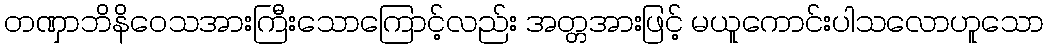
တဏှာဘိနိဝေသအားကြီးသောကြောင့်လည်း အတ္တအားဖြင့် မယူကောင်းပါသလောဟူသော